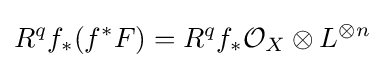
R^{q}f_{*}(f^{*}F)=R^{q}f_{*}{\mathcal {O}}_{X}\otimes L^{\otimes n}